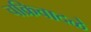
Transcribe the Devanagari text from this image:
चक्रिवादळे